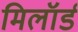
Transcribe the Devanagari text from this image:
मिलॉर्ड